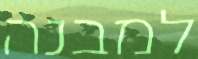
למבנה